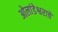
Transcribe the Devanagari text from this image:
ओलांडेश्वराचे